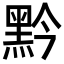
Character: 黔